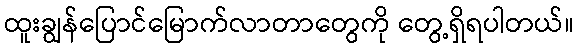
ထူးချွန်ပြောင်မြောက်လာတာတွေကို တွေ့ရှိရပါတယ်။